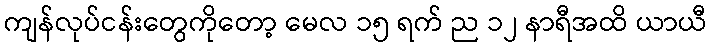
ကျန်လုပ်ငန်းတွေကိုတော့ မေလ ၁၅ ရက် ည ၁၂ နာရီအထိ ယာယီ